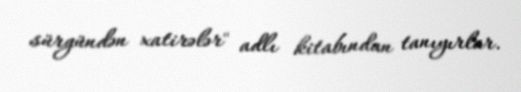
sürgündən xatirələr" adlı kitabından tanıyırlar.